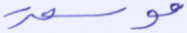
موسعة